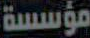
مؤسسة